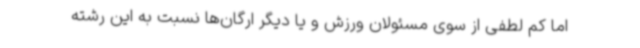
اما کم لطفی از سوی مسئولان ورزش و یا دیگر ارگان‌ها نسبت به این رشته